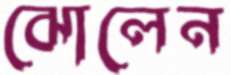
ঝোলেন